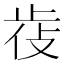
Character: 𣥰